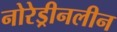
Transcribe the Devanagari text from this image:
नोरेड्रीनलीन